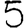
Digit: 5